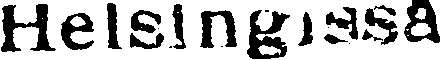
Helsingissa